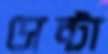
সেন্টা